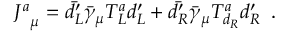
{ J ^ { a } } _ { \mu } = \bar { d _ { L } ^ { \prime } } \bar { \gamma } _ { \mu } T _ { L } ^ { a } d _ { L } ^ { \prime } + \bar { d _ { R } ^ { \prime } } \bar { \gamma } _ { \mu } T _ { d _ { R } } ^ { a } d _ { R } ^ { \prime } \, \, \, .